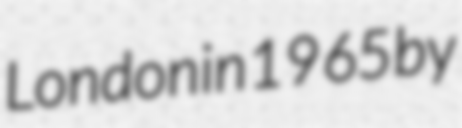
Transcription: London in 1965 by